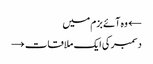
← وہ آئے بزم میں
دسمبر کی ایک ملاقات →